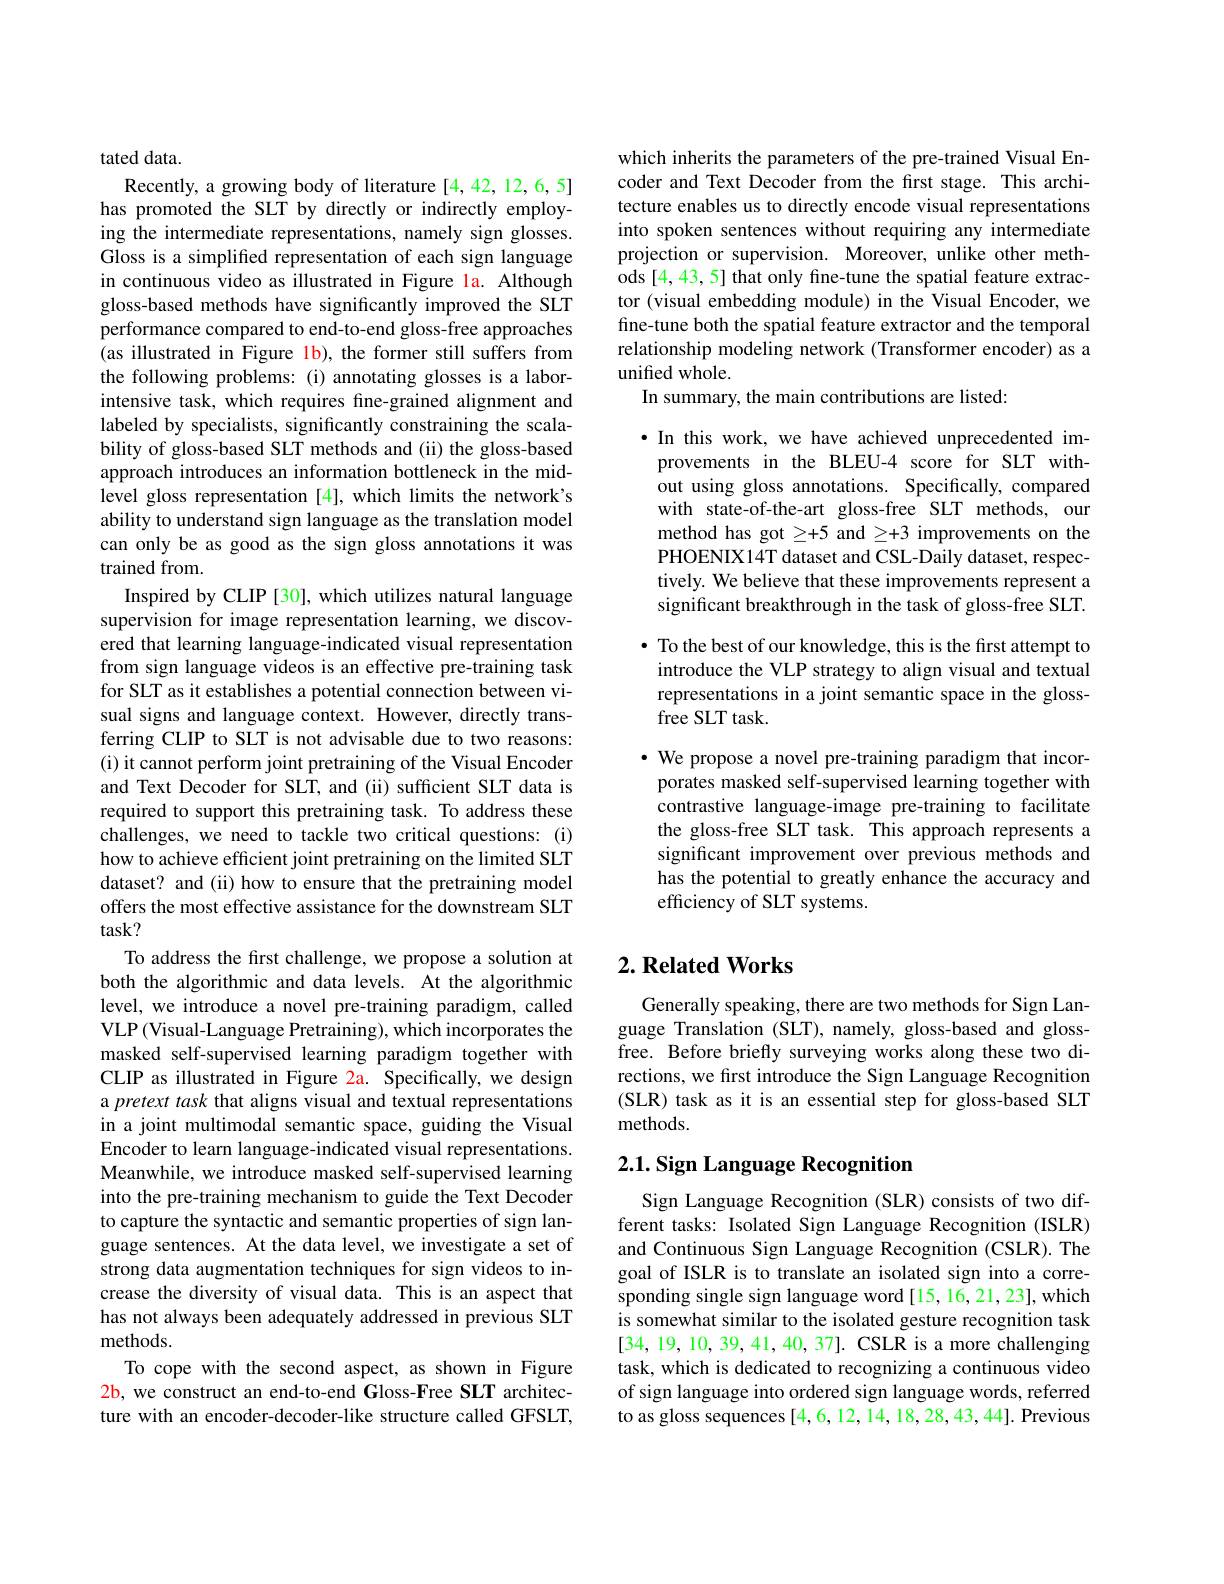
tated data.
Recently, a growing body of literature [4,42,12,6,5] has promoted the SLT by directly or indirectly employing the intermediate representations, namely sign glosses. Gloss is a simplifed representation of each sign language in continuous video as illustrated in Figure la. Although gloss-based methods have significantly improved the SLT performance compared to end-to-end gloss-free approaches (as illustrated in Figure lb), the former still suffers from the following problems: (i) annotating glosses is a laborintensive task, which requires fine-grained alignment and labeled by specialists, significantly constraining the scalability of gloss-based SLT methods and (ii) the gloss-based approach introduces an information bottleneck in the midlevel gloss representation [4], which limits the network's ability to understand sign language as the translation model can only be as good as the sign gloss annotations it was trained from.
Inspired by CLIP [30], which utilizes natural language supervision for image representation learning, we discovered that learning language-indicated visual representation from sign language videos is an effective pre-training task for SLT as it establishes a potential connection between visual signs and language context. However, directly transferring CLIP to SLT is not advisable due to two reasons: (i) it cannot perform joint pretraining of the Visual Encoder and Text Decoder for SLT, and (ii) sufficient SLT data is required to support this pretraining task. To address these challenges, we need to tackle two critical questions: (i) how to achieve efficient joint pretraining on the limited SLT dataset? and (ii) how to ensure that the pretraining model offers the most effective assistance for the downstream SLT task?
To address the first challenge, we propose a solution at both the algorithmic and data levels. At the algorithmic level, we introduce a novel pre-training paradigm, called VLP (Visual-Language Pretraining), which incorporates the masked self-supervised learning paradigm together with CLIP as illustrated in Figure 2a. Specifically, we design a pretext task that aligns visual and textual representations in a joint multimodal semantic space, guiding the Visual Encoder to learn language-indicated visual representations. Meanwhile, we introduce masked self-supervised learning into the pre-training mechanism to guide the Text Decoder to capture the syntactic and semantic properties of sign language sentences. At the data level, we investigate a set of strong data augmentation techniques for sign videos to increase the diversity of visual data. This is an aspect that has not always been adequately addressed in previous SLT methods.
To cope with the second aspect, as shown in Figure 2b, we construct an end-to-end Gloss-Free SLT architecture with an encoder-decoder-like structure called GFSLT,

which inherits the parameters of the pre-trained Visual Encoder and Text Decoder from the first stage. This architecture enables us to directly encode visual representations into spoken sentences without requiring any intermediate projection or supervision. Moreover, unlike other methods [4,43,5] that only fine-tune the spatial feature extractor (visual embedding module) in the Visual Encoder, we fine-tune both the spatial feature extractor and the temporal relationship modeling network (Transformer encoder) as a unified whole.
In summary, the main contributions are listed:

$\bullet$ In this work, we have achieved unprecedented improvements in the BLEU-4 score for SLT without using gloss annotations. Specifically, compared with state-of-the-art gloss-free SLT methods, our method has got $\geq+5$ and $\geq+3$ improvements on the PHOENIX14T dataset and CSL-Daily dataset, respectively. We believe that these improvements represent a significant breakthrough in the task of gloss-free SLT.

· To the best of our knowledge, this is the first attempt to introduce the VLP strategy to align visual and textual representations in a joint semantic space in the glossfree SLT task.

$\cdot$ We propose a novel pre-training paradigm that incorporates masked self-supervised learning together with contrastive language-image pre-training to facilitate the gloss-free SLT task. This approach represents a significant improvement over previous methods and has the potential to greatly enhance the accuracy and efficiency of SLT systems.

## $2. \textbf{ Related Works}$

Generally speaking, there are two methods for Sign Language Translation (SLT), namely, gloss-based and glossfree. Before briefly surveying works along these two directions, we first introduce the Sign Language Recognition (SLR) task as it is an essential step for gloss-based SLT methods.

# 2.1. Sign Language Recognition

Sign Language Recognition (SLR) consists of two different tasks: Isolated Sign Language Recognition (ISLR) and Continuous Sign Language Recognition (CSLR). The goal of ISLR is to translate an isolated sign into a corresponding single sign language word [15, 16, 21, 23], which is somewhat similar to the isolated gesture recognition task [34,19,10,39,41,40,37]. CSLR is a more challenging task, which is dedicated to recognizing a continuous video of sign language into ordered sign language words, referred to as gloss sequences [4,6,12,14,18,28,43,44]. Previous